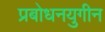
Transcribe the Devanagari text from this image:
प्रबोधनयुगीन